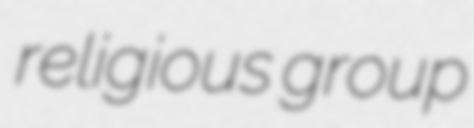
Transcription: religious group